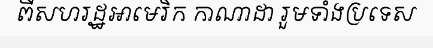
ពីសហរដ្ឋអាមេរិក កាណាដា រួមទាំងប្រទេស